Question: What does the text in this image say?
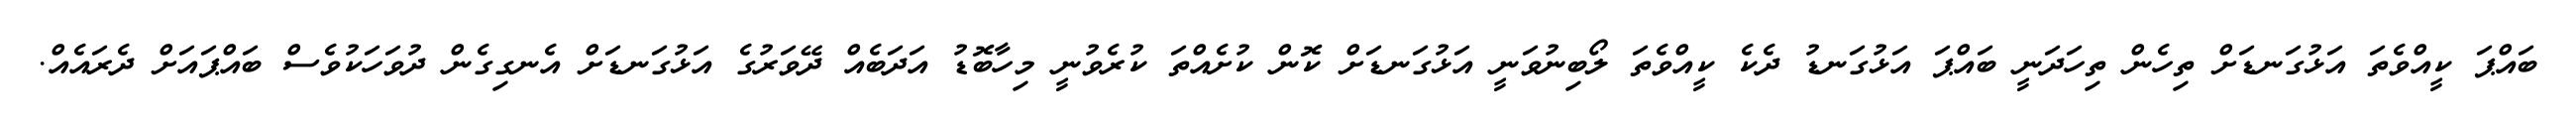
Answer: ބައްޕަ ކީއްވެތަ އަޅުގަނޑަށް ތިހެން ތިހަދަނީ ބައްޕަ އަޅުގަނޑު ދެކެ ކީއްވެތަ ލޯބިނުވަނީ އަޅުގަނޑަށް ކޮން ކުށެއްތަ ކުރެވުނީ މިހާބޮޑު އަދަބެއް ދޭވަރުގެ އަޅުގަނޑަށް އެނގިގެން ދުވަހަކުވެސް ބައްޕައަށް ދެރައެއް.